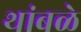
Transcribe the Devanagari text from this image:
थांबळे